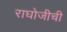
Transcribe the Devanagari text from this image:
राघोजीची